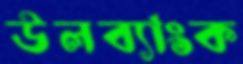
উলব্যাংক